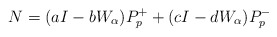
\begin{align*}N=(aI-bW_\alpha) P_p^++(cI-dW_\alpha)P_p^-\end{align*}